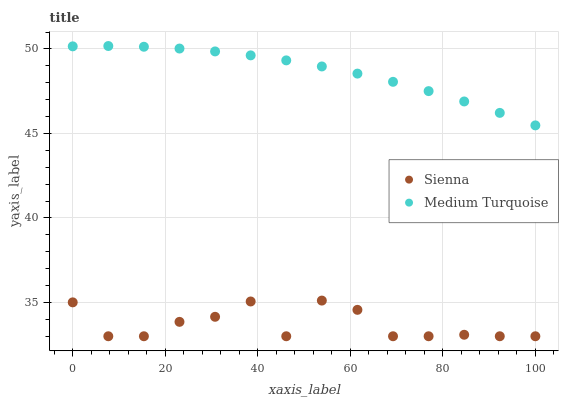
| xaxis_label | Sienna | Medium Turquoise |
 | --- | --- | --- |
 | 0 | 35 | 50.2 |
 | 7.69 | 33 | 50.2 |
 | 15.4 | 33 | 50.1 |
 | 23.1 | 33.9 | 50 |
 | 30.8 | 34.2 | 49.9 |
 | 38.5 | 35.1 | 49.6 |
 | 46.2 | 33 | 49.3 |
 | 53.8 | 35.1 | 49 |
 | 61.5 | 34.6 | 48.5 |
 | 69.2 | 33 | 48.1 |
 | 76.9 | 33 | 47.5 |
 | 84.6 | 33.1 | 46.9 |
 | 92.3 | 33 | 46.2 |
 | 100 | 33 | 45.5 |